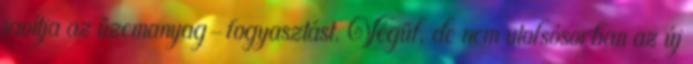
javítja az üzemanyag-fogyasztást. Végül, de nem utolsósorban az új